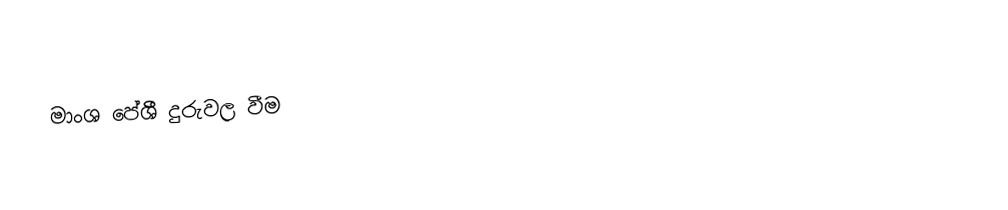
මාංශ පේශී දුරුවල වීම